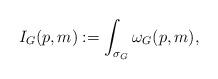
LaTeX: \begin{align*}I_G(p,m) := \int_{\sigma_G} \omega_G(p,m),\end{align*}